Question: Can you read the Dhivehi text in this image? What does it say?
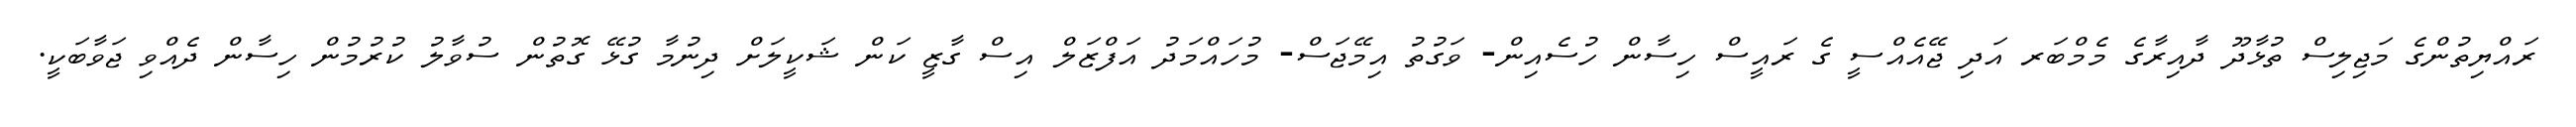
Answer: ރައްޔިތުންގެ މަޖިލިސް ތުޅާދޫ ދާއިރާގެ މެމްބަރ އަދި ޖޭއެއްސީ ގެ ރައީސް ހިސާން ހުސެއިން- ވަގުތު އިމޭޖަސް- މުހައްމަދު އަފްޒަލް އިސް ގާޒީ ކަން ޝަކީލަށް ދިނުމާ ގުޅޭ ގޮތުން ސުވާލު ކުރުމުން ހިސާން ދެއްވި ޖަވާބަކީ.